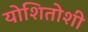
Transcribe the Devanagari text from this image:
योशितोशी